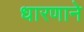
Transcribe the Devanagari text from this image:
धारणाने